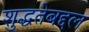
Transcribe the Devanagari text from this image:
शुद्धतेबद्दल